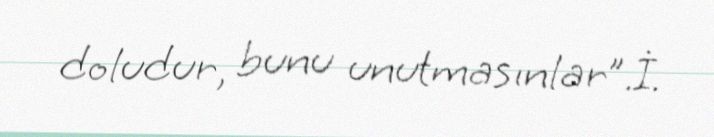
doludur, bunu unutmasınlar”.İ.